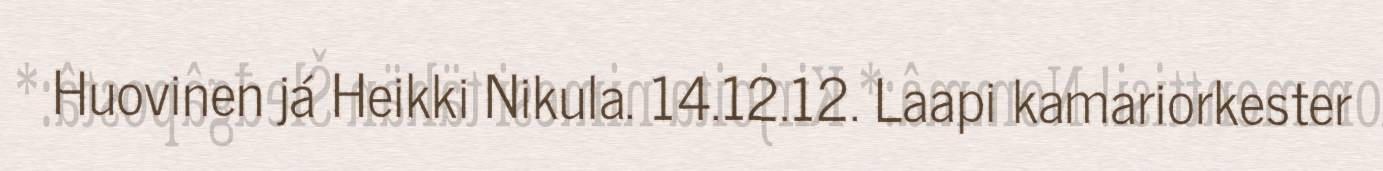
Huovinen já Heikki Nikula. 14.12.12. Laapi kamariorkester